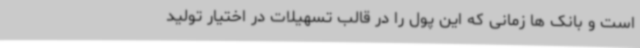
است و بانک ها زمانی که این پول را در قالب تسهیلات در اختیار تولید